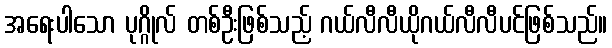
အရေးပါသော ပုဂ္ဂိုလ် တစ်ဦးဖြစ်သည့် ဂယ်လီလီယိုဂယ်လီလီပင်ဖြစ်သည်။